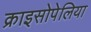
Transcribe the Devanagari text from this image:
क्राइसोपेलिया